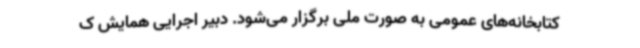
کتابخانه‌های عمومی به صورت ملی برگزار می‌شود. دبیر اجرایی همایش ک